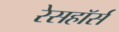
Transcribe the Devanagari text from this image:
रेसहॉर्स